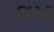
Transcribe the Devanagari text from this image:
शिंगेही